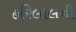
હરિલાલની